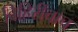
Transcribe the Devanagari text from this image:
विहिरीचाच